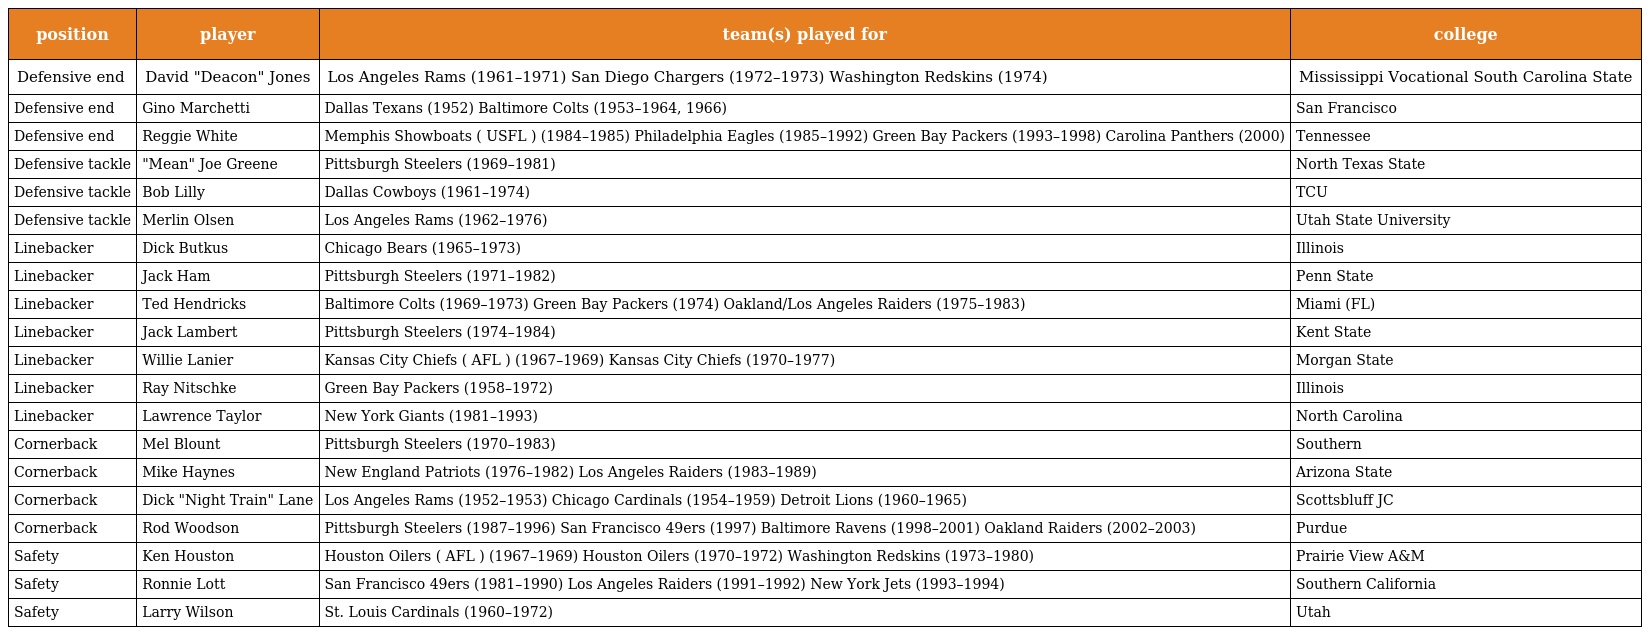
| position | player | team(s) played for | college |
 | --- | --- | --- | --- |
 | Defensive end | David "Deacon" Jones | Los Angeles Rams (1961–1971) San Diego Chargers (1972–1973) Washington Redskins (1974) | Mississippi Vocational South Carolina State |
 | Defensive end | Gino Marchetti | Dallas Texans (1952) Baltimore Colts (1953–1964, 1966) | San Francisco |
 | Defensive end | Reggie White | Memphis Showboats ( USFL ) (1984–1985) Philadelphia Eagles (1985–1992) Green Bay Packers (1993–1998) Carolina Panthers (2000) | Tennessee |
 | Defensive tackle | "Mean" Joe Greene | Pittsburgh Steelers (1969–1981) | North Texas State |
 | Defensive tackle | Bob Lilly | Dallas Cowboys (1961–1974) | TCU |
 | Defensive tackle | Merlin Olsen | Los Angeles Rams (1962–1976) | Utah State University |
 | Linebacker | Dick Butkus | Chicago Bears (1965–1973) | Illinois |
 | Linebacker | Jack Ham | Pittsburgh Steelers (1971–1982) | Penn State |
 | Linebacker | Ted Hendricks | Baltimore Colts (1969–1973) Green Bay Packers (1974) Oakland/Los Angeles Raiders (1975–1983) | Miami (FL) |
 | Linebacker | Jack Lambert | Pittsburgh Steelers (1974–1984) | Kent State |
 | Linebacker | Willie Lanier | Kansas City Chiefs ( AFL ) (1967–1969) Kansas City Chiefs (1970–1977) | Morgan State |
 | Linebacker | Ray Nitschke | Green Bay Packers (1958–1972) | Illinois |
 | Linebacker | Lawrence Taylor | New York Giants (1981–1993) | North Carolina |
 | Cornerback | Mel Blount | Pittsburgh Steelers (1970–1983) | Southern |
 | Cornerback | Mike Haynes | New England Patriots (1976–1982) Los Angeles Raiders (1983–1989) | Arizona State |
 | Cornerback | Dick "Night Train" Lane | Los Angeles Rams (1952–1953) Chicago Cardinals (1954–1959) Detroit Lions (1960–1965) | Scottsbluff JC |
 | Cornerback | Rod Woodson | Pittsburgh Steelers (1987–1996) San Francisco 49ers (1997) Baltimore Ravens (1998–2001) Oakland Raiders (2002–2003) | Purdue |
 | Safety | Ken Houston | Houston Oilers ( AFL ) (1967–1969) Houston Oilers (1970–1972) Washington Redskins (1973–1980) | Prairie View A&M |
 | Safety | Ronnie Lott | San Francisco 49ers (1981–1990) Los Angeles Raiders (1991–1992) New York Jets (1993–1994) | Southern California |
 | Safety | Larry Wilson | St. Louis Cardinals (1960–1972) | Utah |